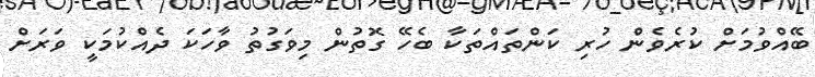
ބޭއްވުމަށް ކުރެވެން ހުރި ކަންތައްތަކާ ބެހޭ ގޮތުން މިވަގުތު ވާހަކަ ދެއްކުމަކީ ވަރަށް